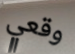
وقعي